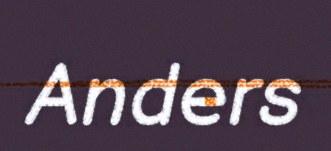
Anders